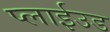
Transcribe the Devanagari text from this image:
प्लाईउड